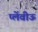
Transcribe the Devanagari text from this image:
प्लेंवीऊ